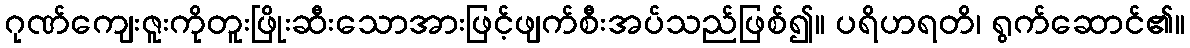
ဂုဏ်ကျေးဇူးကိုတူးဖြိုးဆီးသောအားဖြင့်ဖျက်စီးအပ်သည်ဖြစ်၍။ ပရိဟရတိ၊ ရွက်ဆောင်၏။